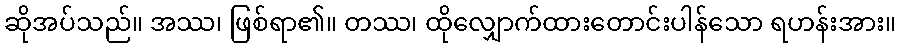
ဆိုအပ်သည်။ အဿ၊ ဖြစ်ရာ၏။ တဿ၊ ထိုလျှောက်ထားတောင်းပါန်သော ရဟန်းအား။